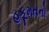
હકૂમતનો